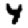
Digit: 4